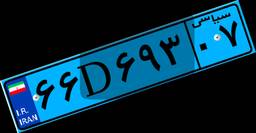
۶۶D۶۹۳۰۷